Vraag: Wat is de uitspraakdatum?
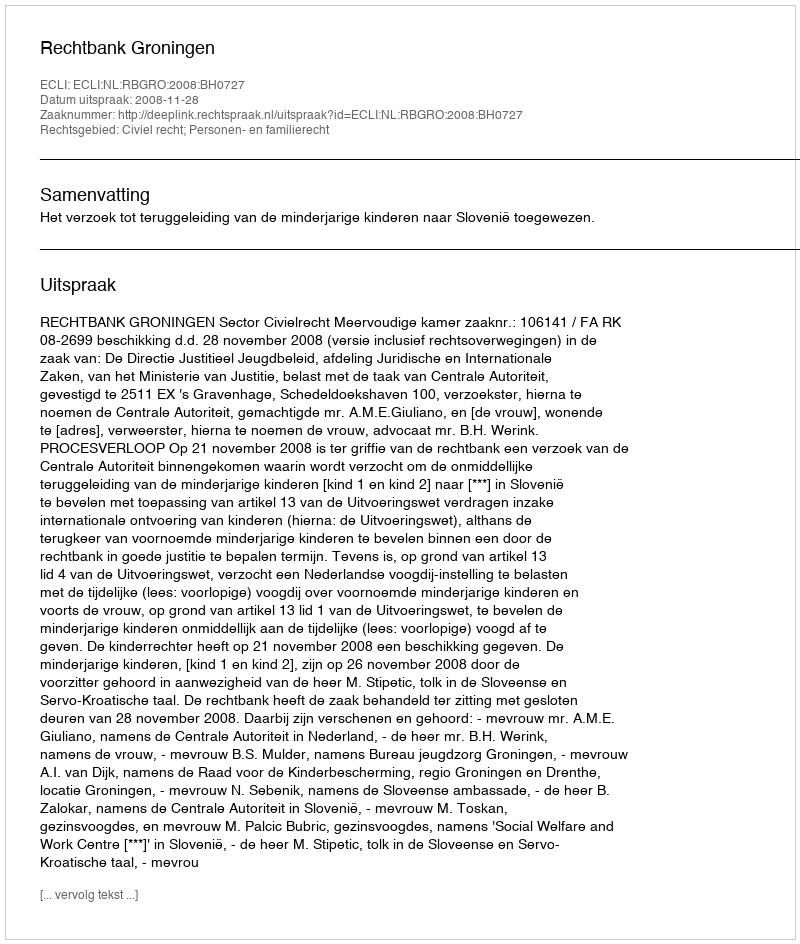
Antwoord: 2008-11-28